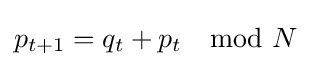
p_{t+1}=q_{t}+p_{t}\mod N